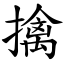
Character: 擒